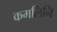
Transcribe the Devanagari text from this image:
कमलिनि